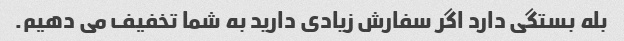
بله بستگی دارد اگر سفارش زیادی دارید به شما تخفیف می دهیم.